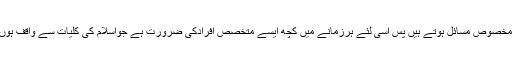
ہرزمانے کے اپنے مخصوص تقاضے اورمخصوص مسائل ہوتے ہیں پس اسی لئے ہرزمانے میں کچھ ایسے متخصص افرادکی ضرورت ہے جواسلام کی کلیات سے واقف ہوں اورجدید مسائل وموضوعات سے آگاہ ہوں۔